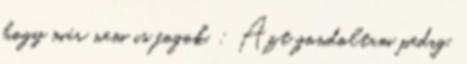
hogy már nem is fogok. : Azt gondoltam pedig,